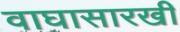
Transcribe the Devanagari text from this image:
वाघासारखी